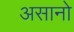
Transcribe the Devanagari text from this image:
असानो